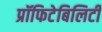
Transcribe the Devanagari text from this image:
प्रॉफिटेबिलिटी